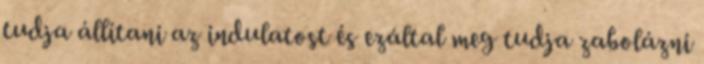
tudja állítani az indulatost és ezáltal meg tudja zabolázni